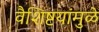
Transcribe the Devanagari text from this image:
वैशिष्टयांमुळे